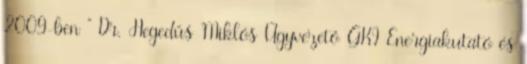
2009-ben ” Dr. Hegedűs Miklós Ügyvezető GKI Energiakutató és